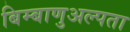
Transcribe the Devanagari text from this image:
बिम्बाणुअल्पता